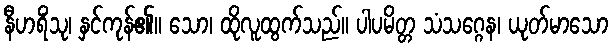
နီဟရိံသု၊ နှင်ကုန်၏။ သော၊ ထိုလူထွက်သည်။ ပါပမိတ္တ သံသဂ္ဂေန၊ ယုတ်မာသော